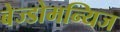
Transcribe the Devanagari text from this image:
बेज्डोमन्यिज